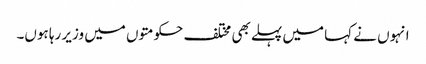
انہوں نے کہا میں پہلے بھی مختلف حکومتوں میں وزیر رہا ہوں۔